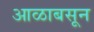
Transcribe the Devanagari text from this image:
आळाबसून